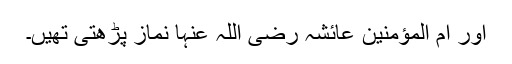
اور اُمّ المؤمنین عائشہ رضی اللہ عنہا نماز پڑھتی تھیں۔